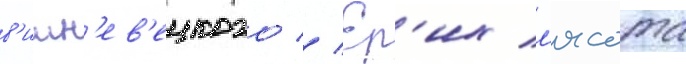
в'ишн'ев'ецкого // Ер'их л'ясота